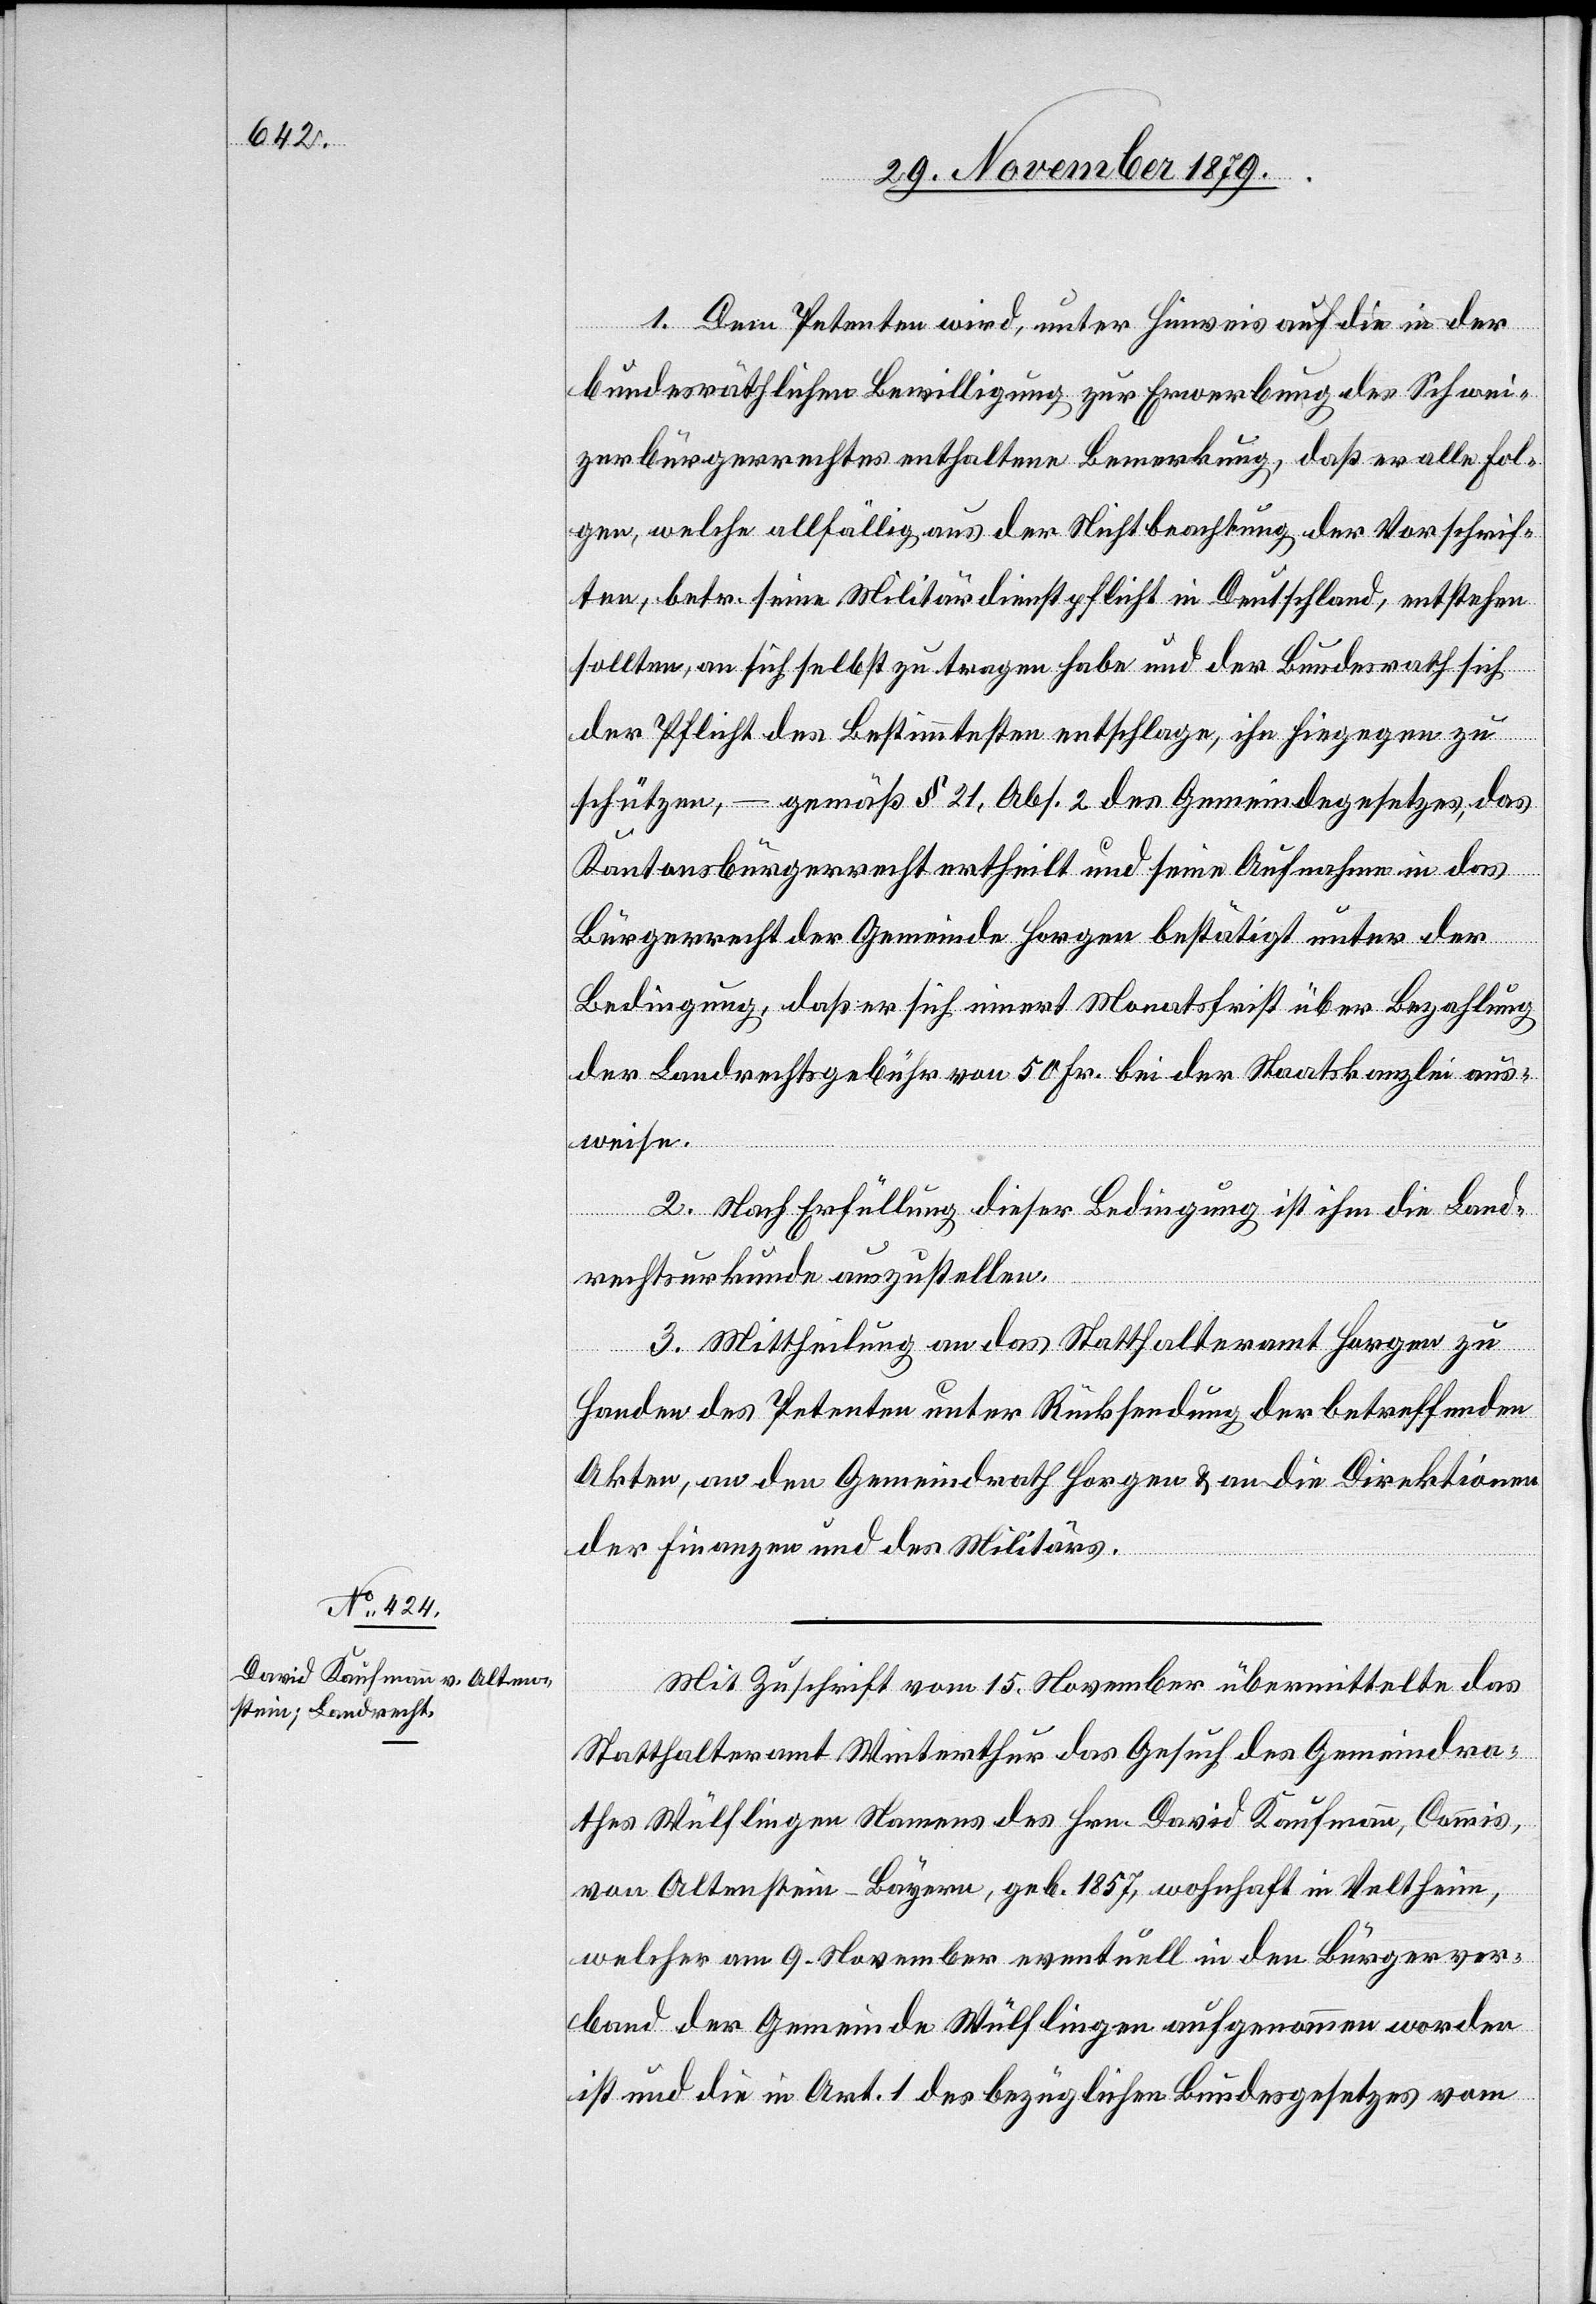
1. Dem Petenten wird, unter Hinweis auf die in der
bundesräthlichen Bewilligung zur Erwerbung des Schwei¬
zerbürgerrechtes enthaltene Bemerkung, daß er alle Fol¬
gen, welche allfällig aus der Nichtbeantwortung der Vorschrif¬
ten, betr. seine Militärdienstpflicht in Deutschland, entstehen
sollten, an sich selbst zu tragen habe und der Bundesrath sich
der Pflicht des Bestimmtesten entschlage, ihn hingegen zu
schützen, – gemäß § 21, Abs. 2 des Gemeindegesetzes, das
Kantonsbürgerrecht ertheilt und seine Aufnahme in das
Bürgerrecht der Gemeinde Horgen bestätigt unter der
Bedingung, daß er sich innert Monatsfrist über Bezahlung
der Landrechtsgebühr von 50 Fr. bei der Staatskanzlei aus¬
weise.
2. Nach Erfüllung dieser Bedingung ist ihm die Land¬
rechtsurkunde auszustellen.
3. Mittheilung an das Statthalteramt Horgen zu
Handen des Petenten unter Rücksendung der betreffenden
Akten, an den Gemeindrath Horgen & an die Direktionen
der Finanzen und des Militärs.
Mit Zuschrift vom 15. November übermittelte das
Statthaltermat Winterthur das Gesuch des Gemeindra¬
thes Wülflingen Namens des Hrn. David Kaufmann, Commis,
von Altenstein - Bayern, geb. 1857, wohnhaft in Veltheim
welcher am 9. November eventuell in den Bürgerver¬
band der Gemeinde Wülflingen aufgenommen worden
ist und die in Art. 1 des bezüglichen Bundesgesetzes vom